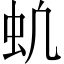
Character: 𬟵